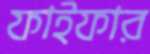
ফাইফার